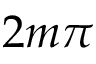
2 m \pi